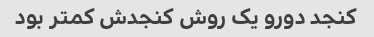
کنجد دورو یک روش کنجدش کمتر بود